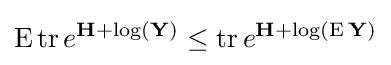
\operatorname {E} \operatorname {tr} e^{\mathbf {H} +\log(\mathbf {Y} )}\leq \operatorname {tr} e^{\mathbf {H} +\log(\operatorname {E} \mathbf {Y} )}